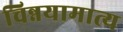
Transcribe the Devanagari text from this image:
चिन्नयामात्य